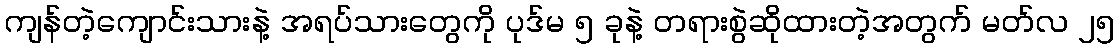
ကျန်တဲ့ကျောင်းသားနဲ့ အရပ်သားတွေကို ပုဒ်မ ၅ ခုနဲ့ တရားစွဲဆိုထားတဲ့အတွက် မတ်လ ၂၅